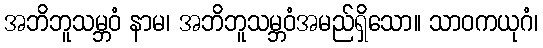
အဘိဘူသမ္ဘဝံ နာမ၊ အဘိဘူသမ္ဘဝံအမည်ရှိသော။ သာဝကယုဂံ၊